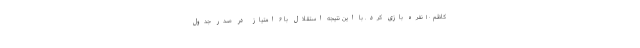
کاظم ۱۰ نفره بازی کرد. با این نتیجه استقلال با ۶ امتیاز در صدر جدول